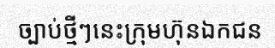
ច្បាប់ថ្មីៗនេះក្រុមហ៊ុនឯកជន